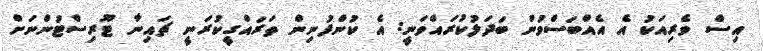
އިސް ވެރިއަކު އެ އެއްބަސްވުން ބަދަލުކުރައްވަނީ: އެ ކުންފުނިން ތަރައްގީކުރަނީ ޗައިނާ ޓޫރިސްޓުންނަށް